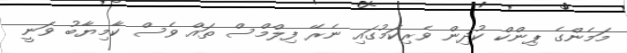
މަމެންގެ ޕިންކް ކުދިން ވެރިކަމުގައި ނެރޭ ފިލްމްސް ތައް ވެސް ކާމިޔާބު ވަނީ